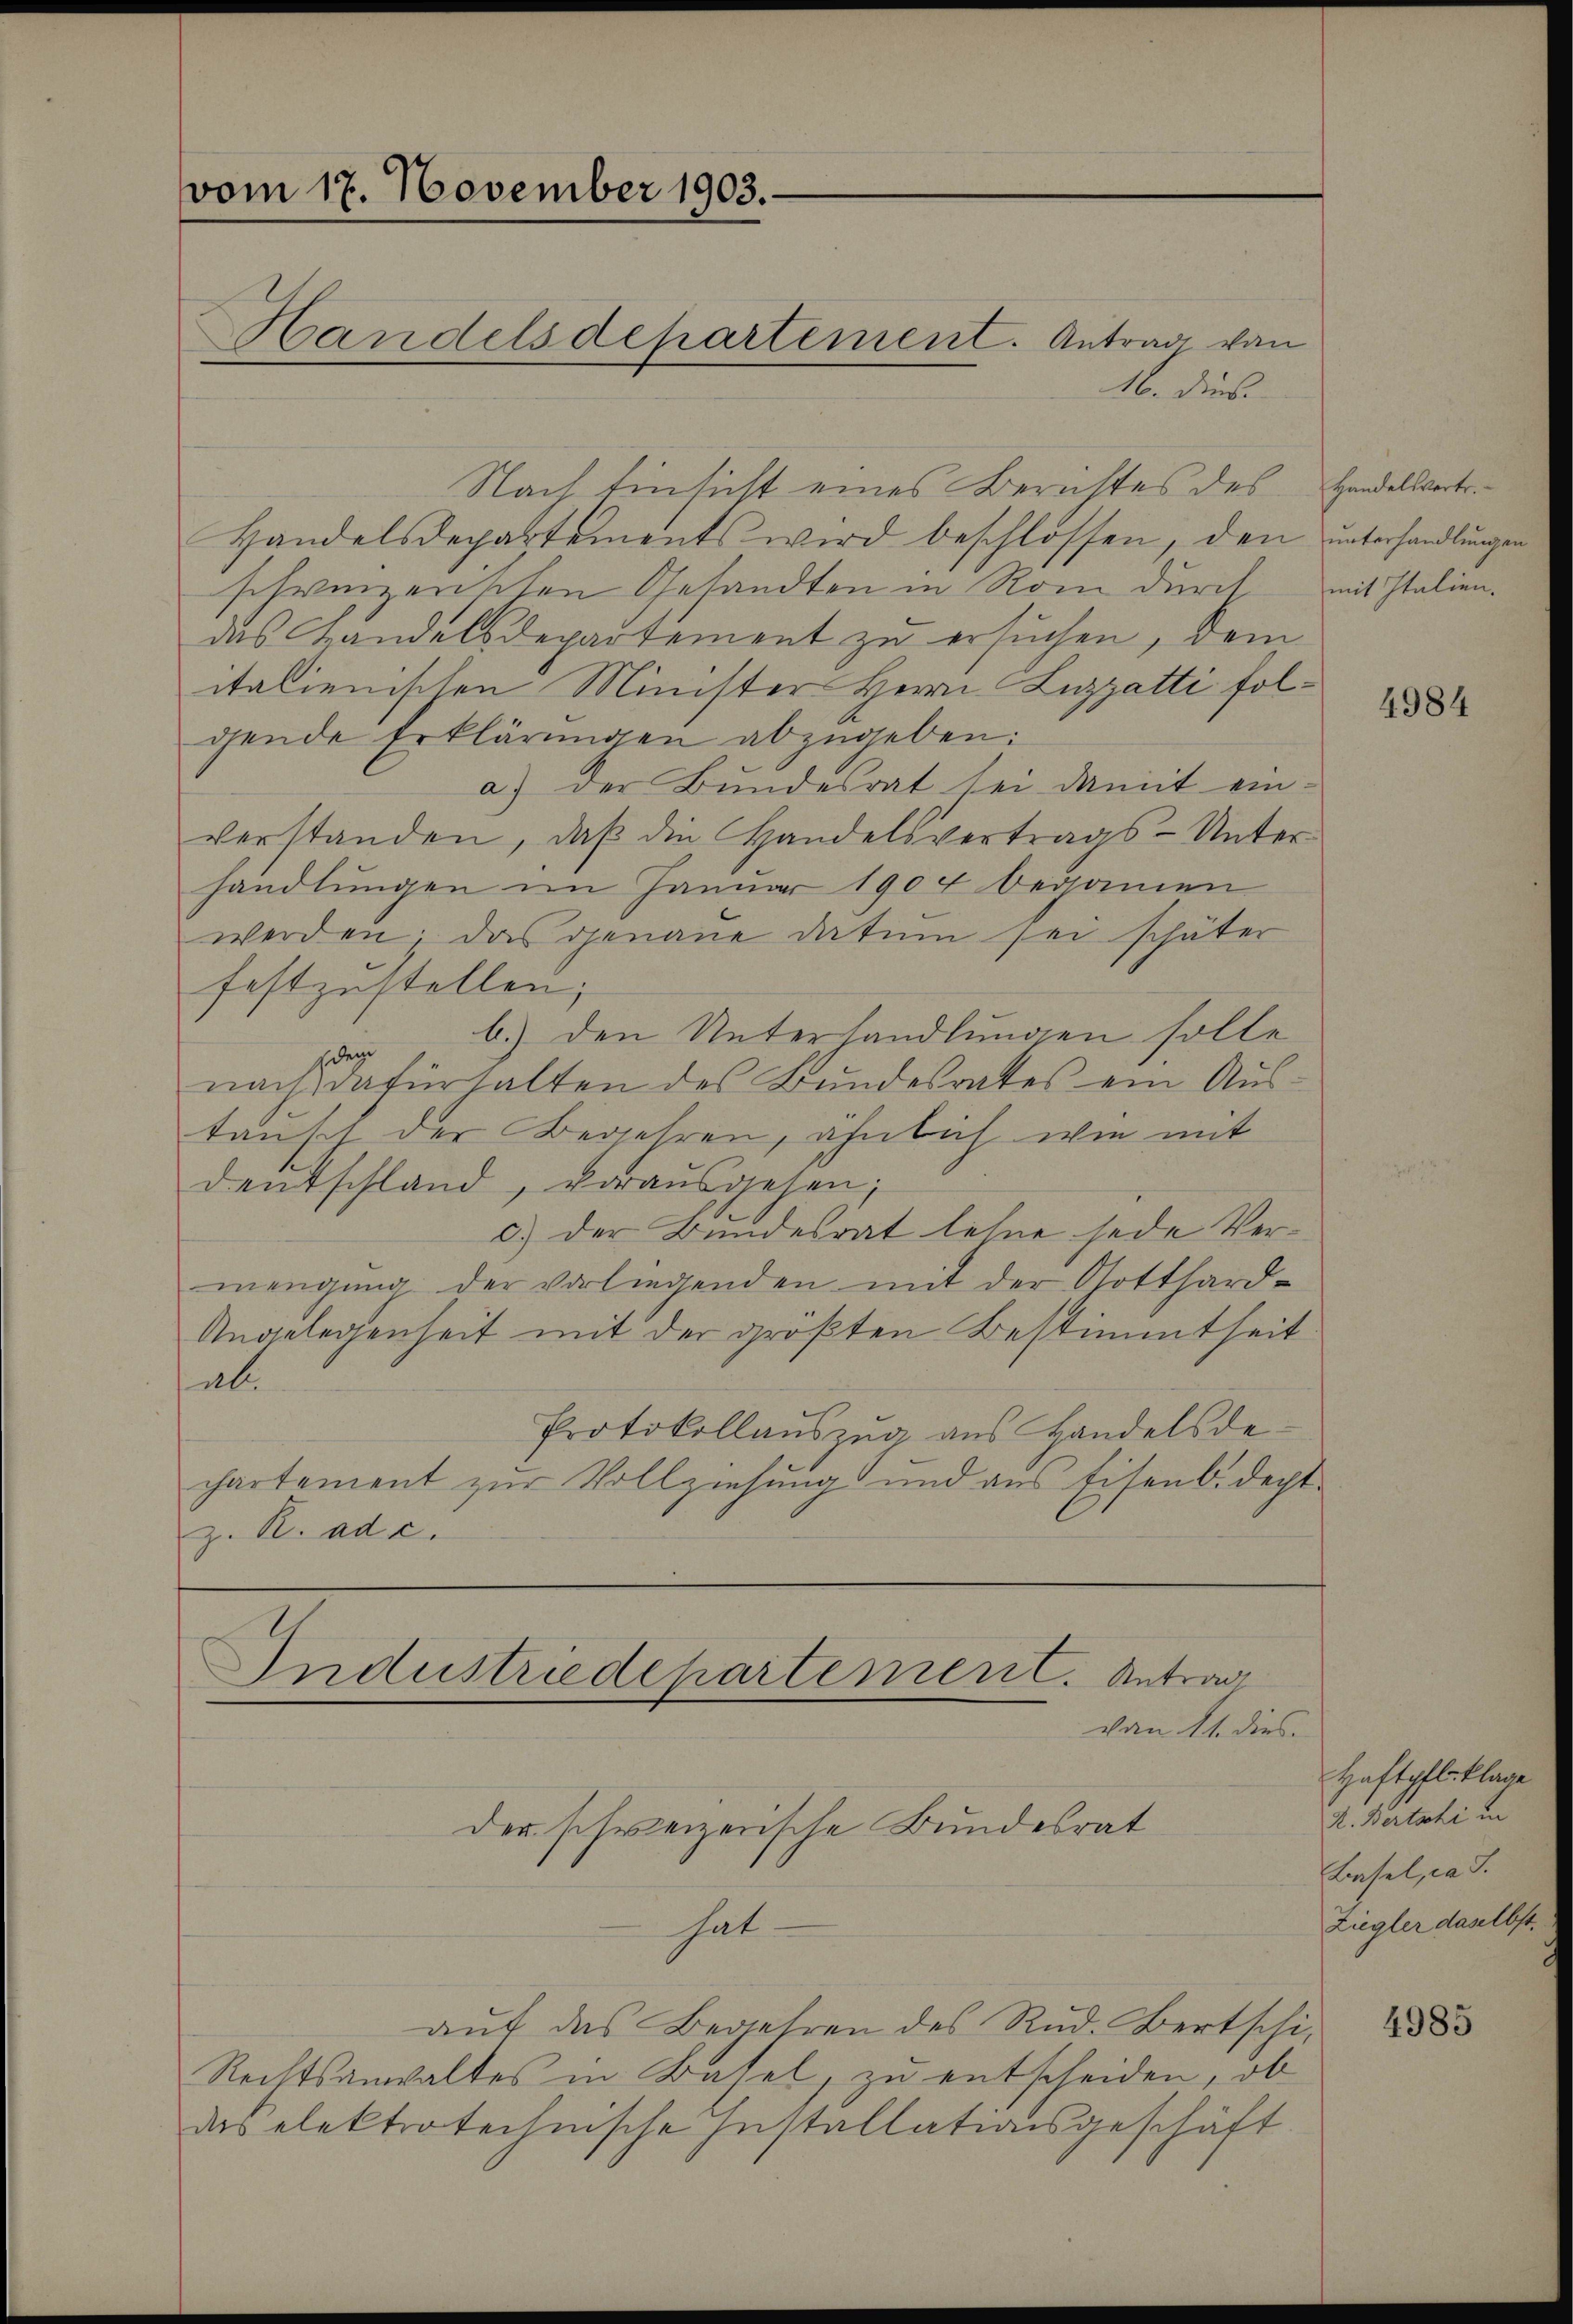
vom 17. November 1903.
Handelsdepartement. Antrag von

16. dies
Nach Einsicht eines Berichtes des Handelsvertr.
Handelsdepartements wird beschlossen, den unterhandlungen
schweizerischen Gesandten in Rom durch mit Italiendas Handelsdepartement zu ersuchen, dem
italienischen Minister Herrn Luzzatti folgende Erklärungen abzugeben:
a) der Bundesrat sei damit ein-
verstanden, daß die Handelsvertrags-Unterhandlungen im Januar 1904 begannen
werden; das genaue datum sei schäter
festzustellen;
b.) den Unterhandlungen solle
sden
nach dafürhalten des Bundesrates ein Aŭs-
tausch der Begehren, ähnlich wie mit
Deutschland, vorausgehen,
c.) Der Bundesrat lehne jede Vermengung der vorliegenden mit der Gotthard-
Angelegenheit mit der größten Bestimmtheit
abe
Protokollauszug aus Handelsde-
chartement zŭr Vollziehŭng und ans Eisenbidecht.
z. R. ad c.

von 11. dies
der schweizerische Bundesrat
hat-
auf das Begehren des Rud. Bertschi-
Rechtsanwaltes in Basel, zu entscheiden, ob
das elektrotechnische Installationsgeschäft

Industriedepartement. Antrag

4984

Haftpflsklage
K. Bertschi in
Elisel, in
Ziegler daselbst.

4985